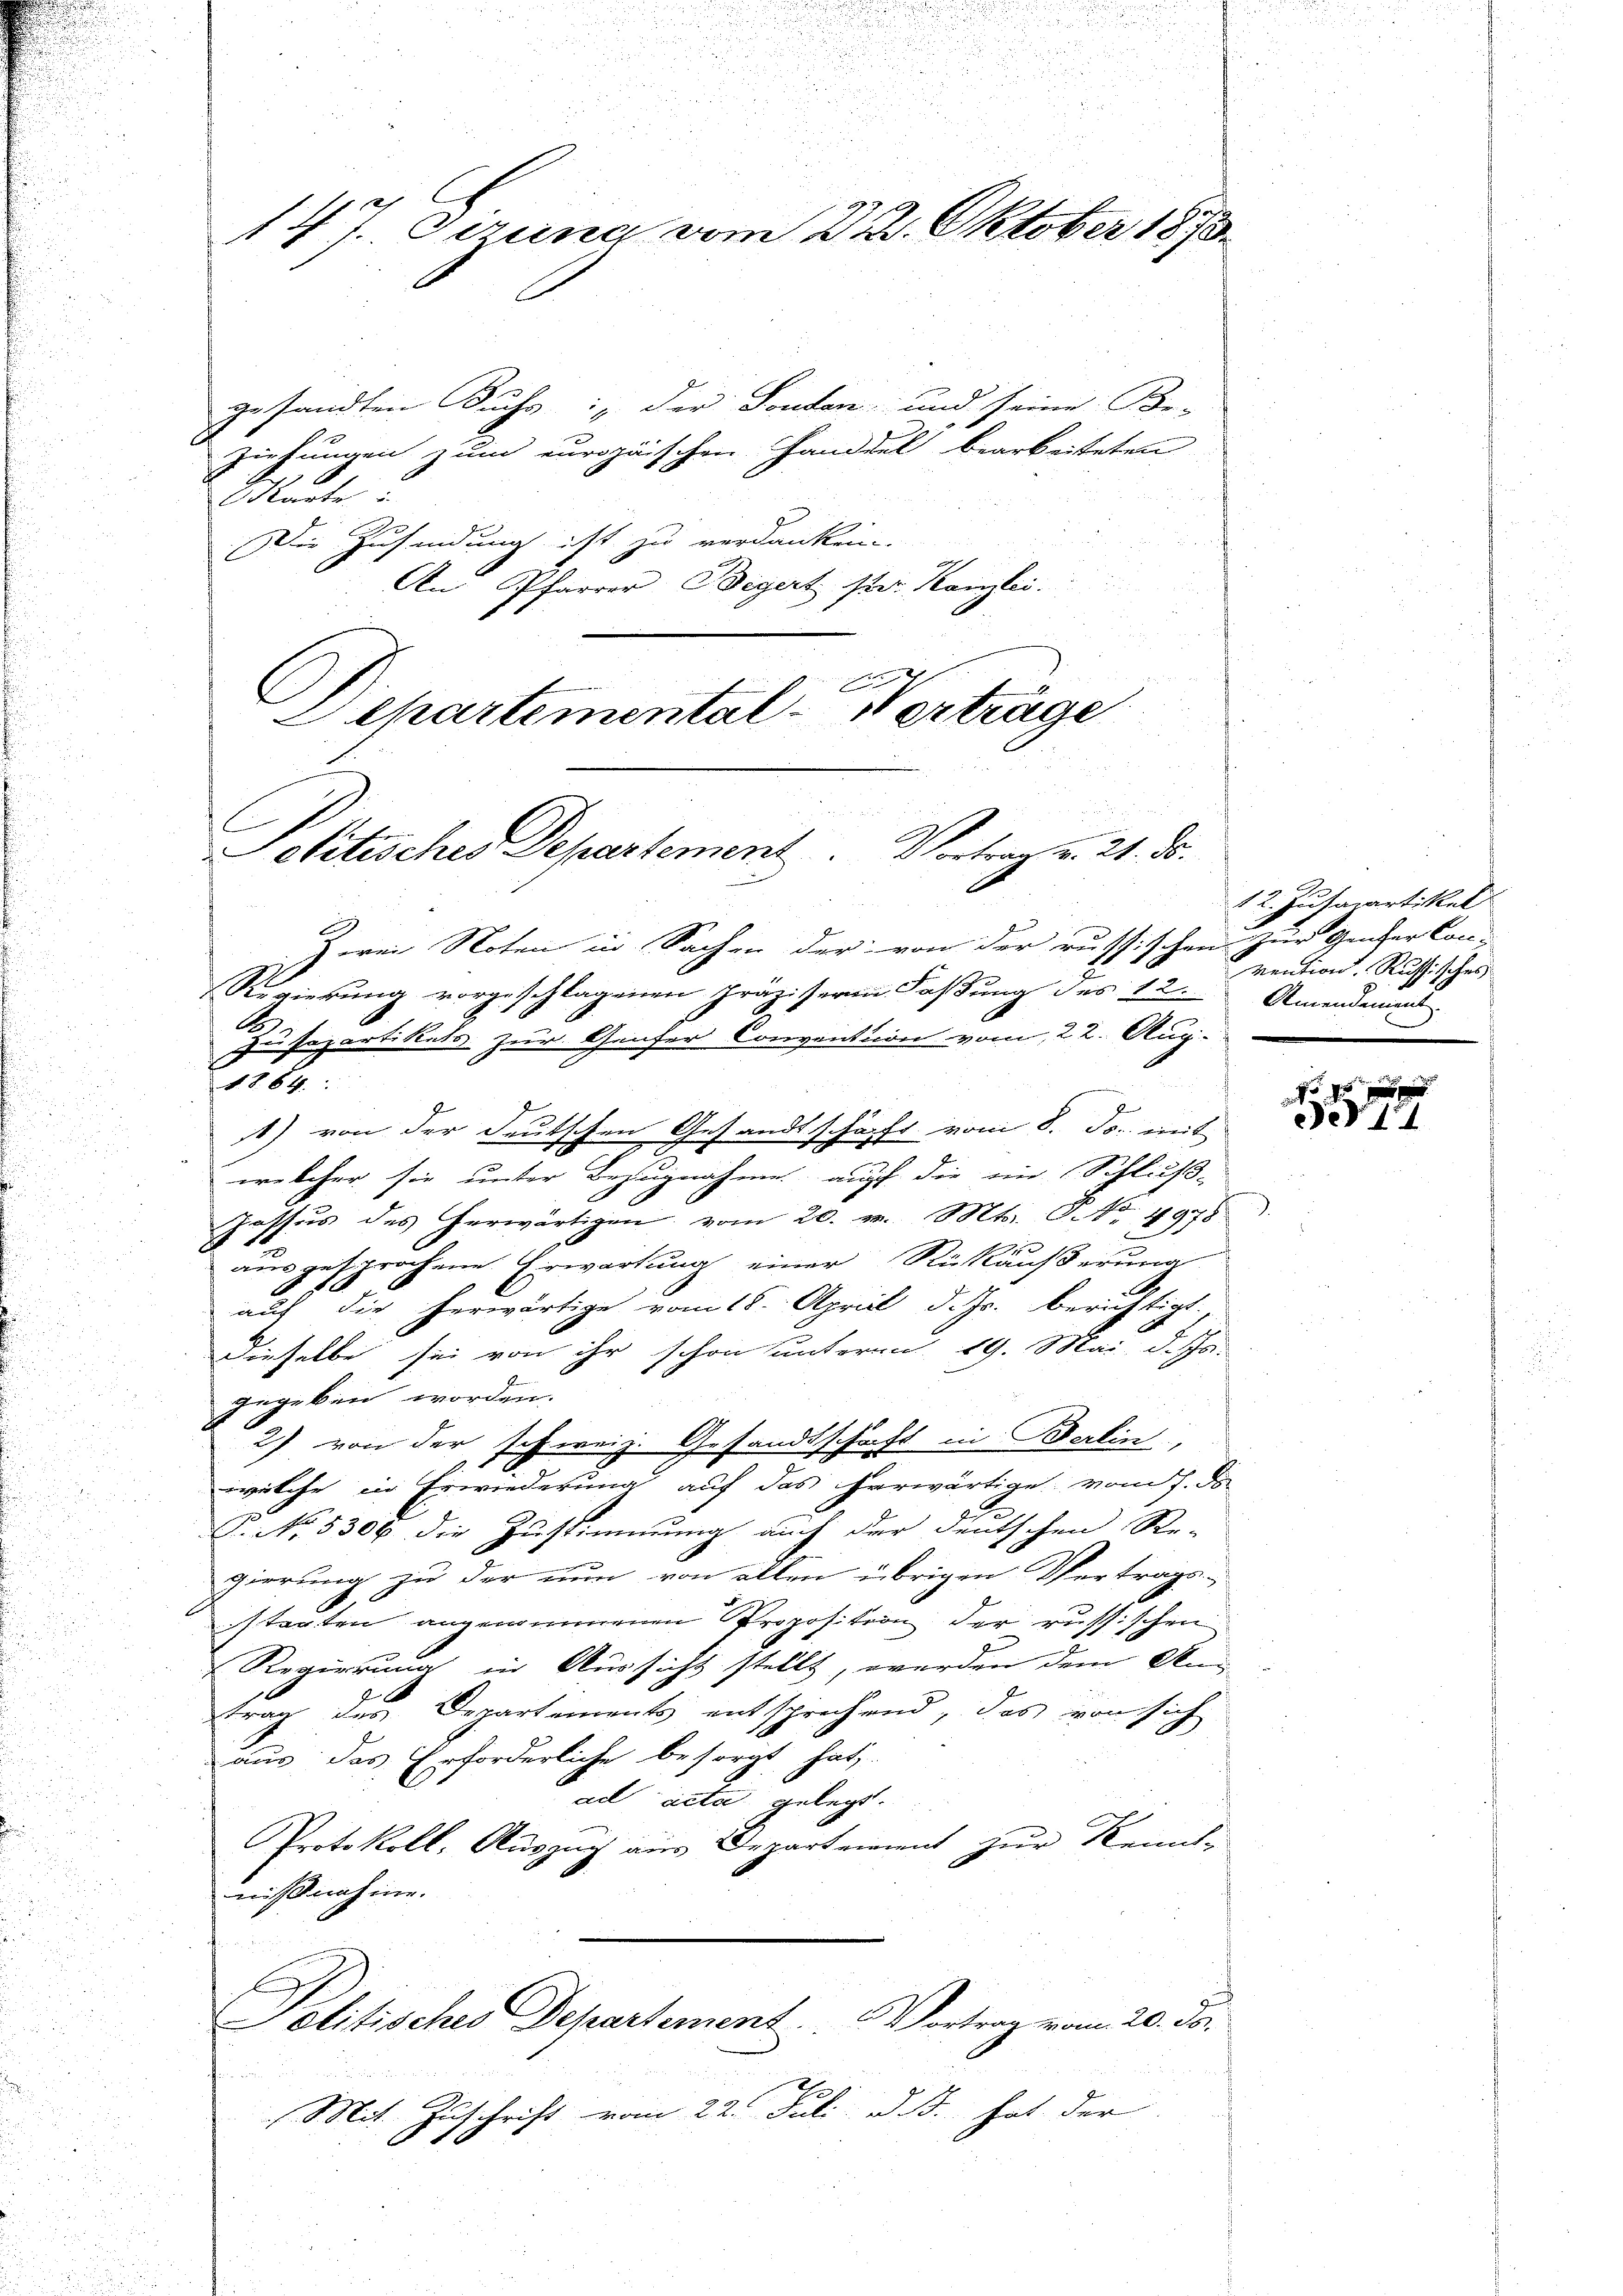
147. Sizung vom 22. Oktober 1873

s
Oitisches Departement. Vortrag v. 21. ds.

gesandten Buchs in der Fonden und seine Be-
ziehungen zum europäischen Handdel bearbeiteten
Mante
Die Zusendung ist zu verdanken.
An Pfarrer Begert per. Kanzlei.
2
Separtemental-Verträge

Zerei Noten in Sachen der von der russischen zur Genfer Con-
Regierung vorgeschlagenen Präziseren Faßung des 12. Amendament
s
Zu separtikels zur Genfer Convention vom 22. Aug.
1864.
t) von der deutschen Gesandtschäft vom 8. Js. mit
J
welcher sie unter Bezugnahme auf die ein Schluß-
Jossŭs des herwärtigen vom 20. v. Mts. No. 4978).
ausgesprochene Erwartung einer Rückäußerung
auf die herwärtige vom 18. April d. Js. berichtigt.
dieselbe sei von ihr schon unterm 19. Mai d. Js.
f
gegeben worden.
2) von der schweiz. Gesandtschaft in Berlin,
welche in Erwiederung auf das herwärtige vom 7. ds.
P. No. 5309 die Zustimmung auch der deutschen Re-
gierung zu der nun von allen übrigen Vertrags-
stagten angenommenen Proposition der russischen
Regierung in Aussicht stellt, werden dem Antrag des Departements entsprechend, das von sich
aus das Erforderliche besorgt hat.
ad acta gelegt.
Protokoll, Auszug aus Departement zur Kennte
nißnahme.
Solitisches Departement.  ..  Vortrag vom 20. ds.
Mit Zuschrift vom 22. Juli d. J. hat der

12. Jusapartikel
vention, Russisches

45 x
de 14